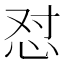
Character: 怼